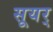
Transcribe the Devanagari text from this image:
सूयर्